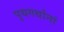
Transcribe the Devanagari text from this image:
पृथगर्थानां